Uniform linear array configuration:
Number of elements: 16
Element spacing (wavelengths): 0.75
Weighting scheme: hann
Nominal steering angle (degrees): -15
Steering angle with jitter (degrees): -15.381
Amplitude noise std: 0.05
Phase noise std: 0.05

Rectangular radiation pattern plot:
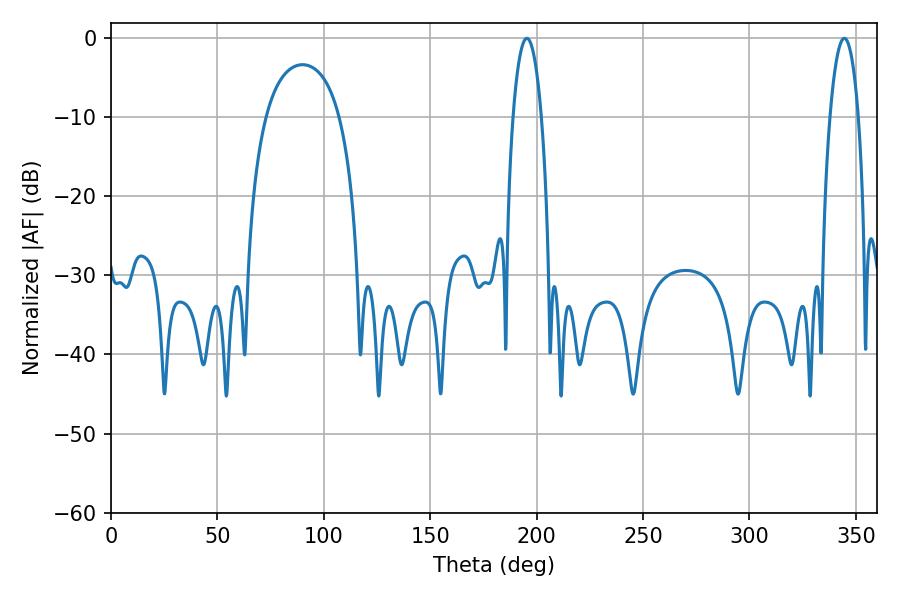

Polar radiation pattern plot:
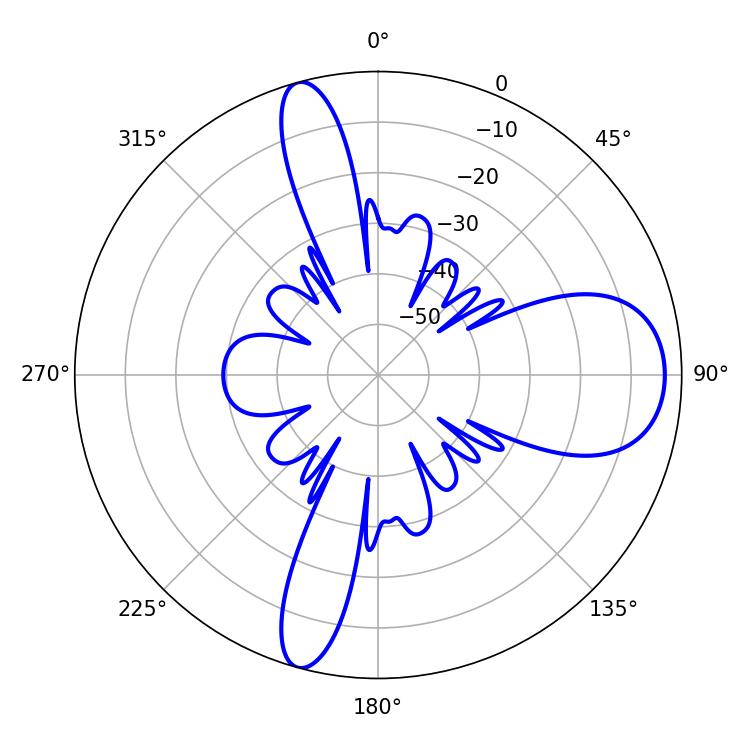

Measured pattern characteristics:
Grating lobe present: TRUE
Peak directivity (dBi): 11.997
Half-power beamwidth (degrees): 7.56
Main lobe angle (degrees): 195.48